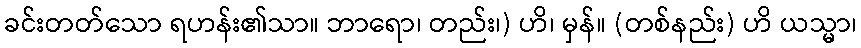
ခင်းတတ်သော ရဟန်း၏သာ။ ဘာရော၊ တည်း၊) ဟိ၊ မှန်။ (တစ်နည်း) ဟိ ယသ္မာ၊